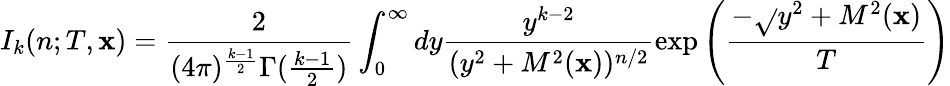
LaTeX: I_{k}(n;T,\mathbf{x})=\frac{{2}}{{(4\pi)^{\frac{{k-1}}{{2}}}\Gamma(\frac{{k-1}}{{2}})}}\int_{0}^{\infty}dy\frac{{y^{k-2}}}{{(y^{2}+M^{2}(\mathbf{x}))^{n/2}}}\exp\left(\frac{{-\sqrt{}{{y^{2}+M^{2}(\mathbf{x})}}}}{{T}}\right)